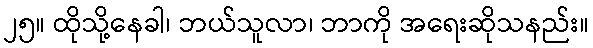
၂၅။ ထိုသို့နေခါ၊ ဘယ်သူလာ၊ ဘာကို အရေးဆိုသနည်း။